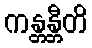
ကန္တန္တီတိ